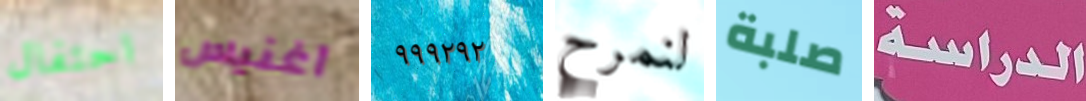
احتفال آغنيس ٩٩٩٢٩٢ لنمرح صلبة الدراسة